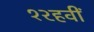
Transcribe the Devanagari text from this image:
१२हवीं